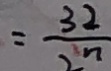
= \frac { 3 2 } { 2 n }